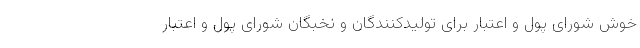
خوش شورای پول و اعتبار برای تولیدکنندگان و نخبگان شورای پول و اعتبار